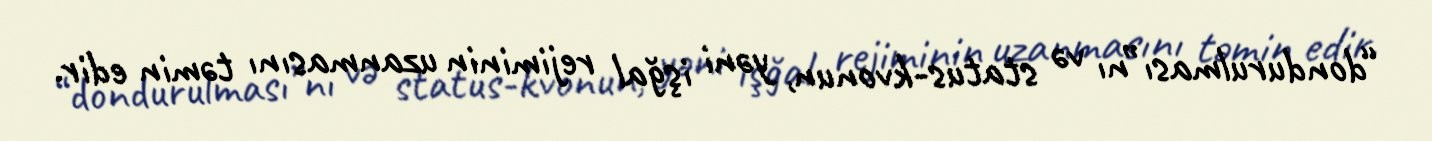
“dondurulması”nı və status-kvonun, yəni işğal rejiminin uzanmasını təmin edir.